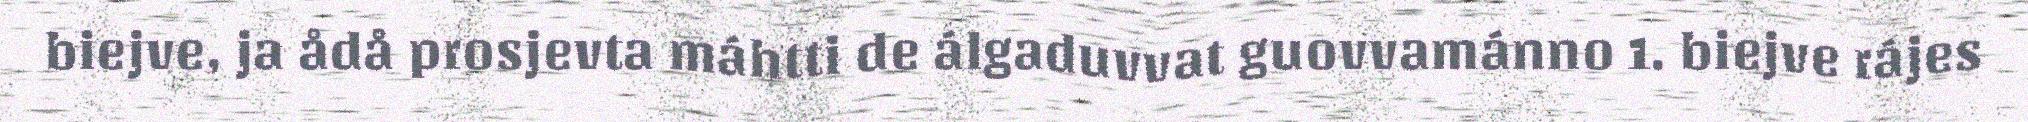
biejve, ja ådå prosjevta máhtti de álgaduvvat guovvamánno 1. biejve rájes